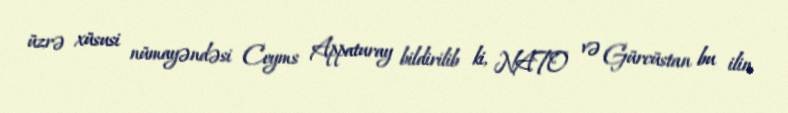
üzrə xüsusi nümayəndəsi Ceyms Appaturay bildirilib ki, NATO və Gürcüstan bu ilin